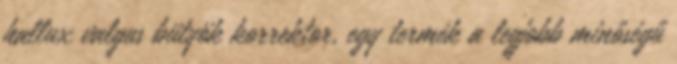
hallux valgus bütyök korrektor, egy termék a legjobb minőségű